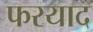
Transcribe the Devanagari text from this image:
फरयाद